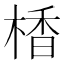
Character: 楿